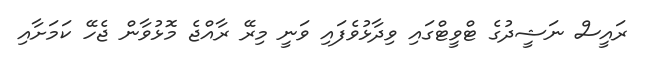
ރައީސް ނަޝީދުގެ ޓްވީޓްގައި ވިދާޅުވެފައި ވަނީ މިރޭ ރާއްޖެ މޮޅުވާން ޖެހޭ ކަމަށާއި